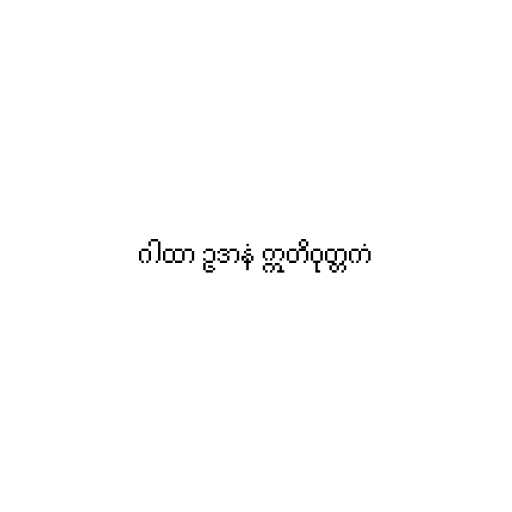
ဂါထာ ဥဒာနံ ဣတိဝုတ္တကံ